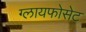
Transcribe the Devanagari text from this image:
ग्लायफोसेट